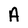
Character: A